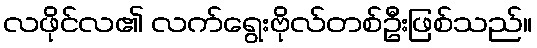
လဖိုင်လ၏ လက်ရွေးဗိုလ်တစ်ဦးဖြစ်သည်။